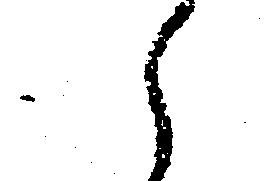
え